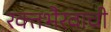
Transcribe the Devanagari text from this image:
रक्तभैरवाची